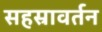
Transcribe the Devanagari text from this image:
सहस्रावर्तन